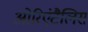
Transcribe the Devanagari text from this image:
ओरिएंटैलिस